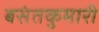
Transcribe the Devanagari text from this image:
बसंतकुमारी